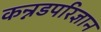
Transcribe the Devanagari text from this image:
कन्नडपरिज्ञान